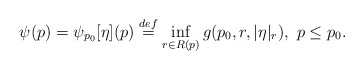
\begin{align*} \psi(p) = \psi_{p_0}[\eta](p) \stackrel{def}{=} \inf_{r \in R(p)} g(p_0, r, |\eta|_r), \ p \le p_0.\end{align*}